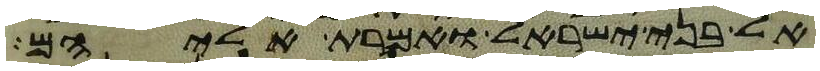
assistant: אל בני ישראל ואמרת אליהם